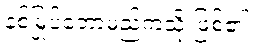
နစ်မြုပ်တော့မည်ကဲ့သို့ ဖြစ်၏။